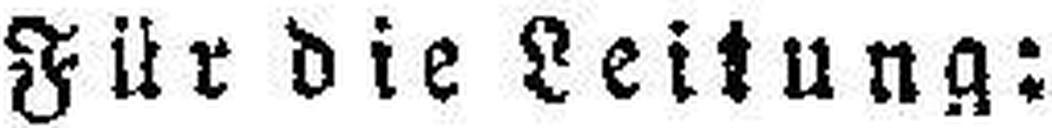
Für die Leitung: